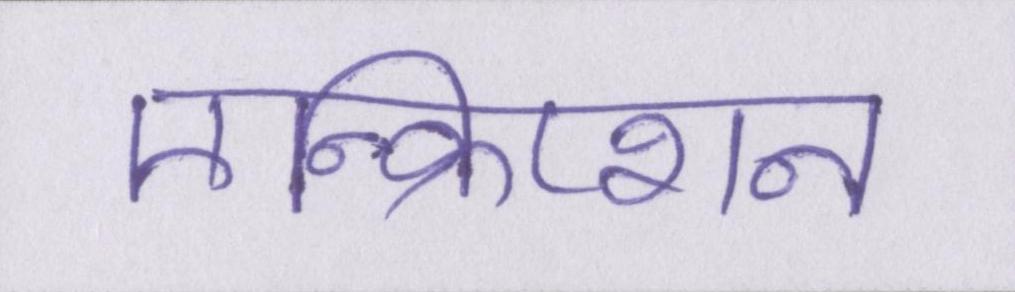
एन्क्रिप्शन